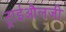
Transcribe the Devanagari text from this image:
ट्राईऔलजी